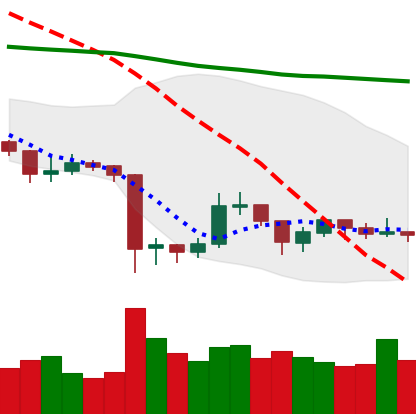
Ticker: XRP-USD
Chart end date: 2019-08-27
Forward return: -4.289%
Label: down_3_5